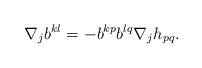
LaTeX: \begin{align*}\nabla_{j}b^{kl}=-b^{kp}b^{lq}\nabla_{j}h_{pq}.\end{align*}